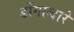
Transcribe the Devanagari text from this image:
डोंगाव्दारे